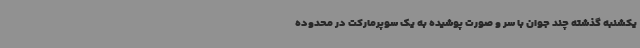
یکشنبه گذشته چند جوان با سر و صورت پوشیده به یک سوپرمارکت در محدوده